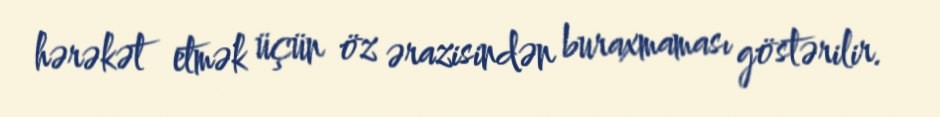
hərəkət etmək üçün öz ərazisindən buraxmaması göstərilir.